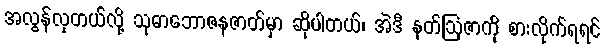
အလွန်လှတယ်လို့ သုဓာဘောဇနဇာတ်မှာ ဆိုပါတယ်၊ အဲဒီ နတ်ဩဇာကို စားလိုက်ရရင်